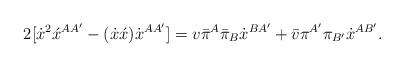
LaTeX: \begin{align*}2[\dot{x}^2\acute{x}^{AA'} - (\dot{x}\acute{x})\dot{x}^{AA'}] =v\bar{\pi}^A\bar{\pi}_B\dot{x}^{BA'} +\bar{v}\pi^{A'}\pi_{B'}\dot{x}^{AB'}. \end{align*}